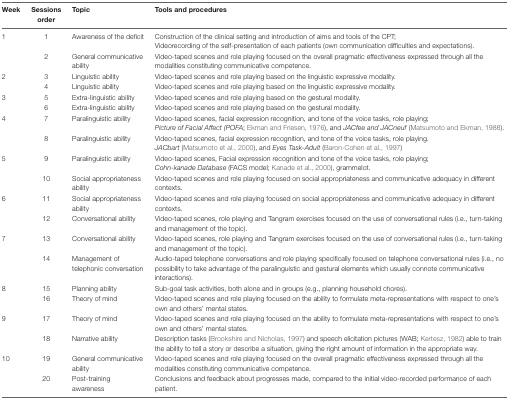
<table><thead><tr><td><b>Week</b></td><td><b>Sessions order</b></td><td><b>Topic</b></td><td><b>Tools and procedures</b></td></tr></thead><tbody><tr><td>1</td><td>1</td><td>Awareness of the deficit</td><td>Construction of the clinical setting and introduction of aims and tools of the CPT; Videorecording of the self-presentation of each patients (own communication difficulties and expectations).</td></tr><tr><td></td><td>2</td><td>General communicative ability</td><td>Video-taped scenes and role playing focused on the overall pragmatic effectiveness expressed through all the modalities constituting communicative competence.</td></tr><tr><td>2</td><td>3</td><td>Linguistic ability</td><td>Video-taped scenes and role playing based on the linguistic expressive modality.</td></tr><tr><td></td><td>4</td><td>Linguistic ability</td><td>Video-taped scenes and role playing based on the linguistic expressive modality.</td></tr><tr><td>3</td><td>5</td><td>Extra-linguistic ability</td><td>Video-taped scenes and role playing based on the gestural modality.</td></tr><tr><td></td><td>6</td><td>Extra-linguistic ability</td><td>Video-taped scenes and role playing based on the gestural modality.</td></tr><tr><td>4</td><td>7</td><td>Paralinguistic ability</td><td>Video-taped scenes, facial expression recognition, and tone of the voice tasks, role playing; <i>Picture of Facial Affect (POFA</i>; Ekman and Friesen, 1976), and <i>JACfee and JACneuf</i> (Matsumoto and Ekman, 1988).</td></tr><tr><td></td><td>8</td><td>Paralinguistic ability</td><td>Video-taped scenes, facial expression recognition, and tone of the voice tasks, role playing. <i>JACbart</i> (Matsumoto et al., 2000), and <i>Eyes Task-Adult</i> (Baron-Cohen et al., 1997)</td></tr><tr><td>5</td><td>9</td><td>Paralinguistic ability</td><td>Video-taped scenes, Facial expression recognition and tone of the voice tasks, role playing; <i>Cohn-kanade Database</i> (FACS model; Kanade et al., 2000), grammelot.</td></tr><tr><td></td><td>10</td><td>Social appropriateness ability</td><td>Video-taped scenes and role playing focused on social appropriateness and communicative adequacy in different contexts.</td></tr><tr><td>6</td><td>11</td><td>Social appropriateness ability</td><td>Video-taped scenes and role playing focused on social appropriateness and communicative adequacy in different contexts.</td></tr><tr><td></td><td>12</td><td>Conversational ability</td><td>Video-taped scenes, role playing and Tangram exercises focused on the use of conversational rules (i.e., turn-taking and management of the topic).</td></tr><tr><td>7</td><td>13</td><td>Conversational ability</td><td>Video-taped scenes, role playing and Tangram exercises focused on the use of conversational rules (i.e., turn-taking and management of the topic).</td></tr><tr><td></td><td>14</td><td>Management of telephonic conversation</td><td>Audio-taped telephone conversations and role playing specifically focused on telephone conversational rules (i.e., no possibility to take advantage of the paralinguistic and gestural elements which usually connote communicative interactions).</td></tr><tr><td>8</td><td>15</td><td>Planning ability</td><td>Sub-goal task activities, both alone and in groups (e.g., planning household chores).</td></tr><tr><td></td><td>16</td><td>Theory of mind</td><td>Video-taped scenes and role playing focused on the ability to formulate meta-representations with respect to one’s own and others’ mental states.</td></tr><tr><td>9</td><td>17</td><td>Theory of mind</td><td>Video-taped scenes and role playing focused on the ability to formulate meta-representations with respect to one’s own and others’ mental states.</td></tr><tr><td></td><td>18</td><td>Narrative ability</td><td>Description tasks (Brookshire and Nicholas, 1997) and speech elicitation pictures (WAB; Kertesz, 1982) able to train the ability to tell a story or describe a situation, giving the right amount of information in the appropriate way.</td></tr><tr><td>10</td><td>19</td><td>General communicative ability</td><td>Video-taped scenes and role playing focused on the overall pragmatic effectiveness expressed through all the modalities constituting communicative competence.</td></tr><tr><td></td><td>20</td><td>Post-training awareness</td><td>Conclusions and feedback about progresses made, compared to the initial video-recorded performance of each patient.</td></tr></tbody></table>